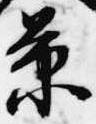
景